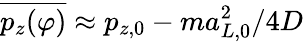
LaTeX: \overline{{p_{z}(\varphi)}}\approx p_{z,0}-ma_{L,0}^{2}/4D